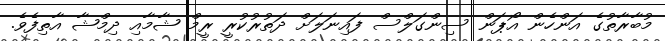
މުބާރާތުގެ އަންހެން އޯޕަން ސިންގަލްސް ފައިނަލަށް ދަތުރުކުރީ ރީމް ޝާމާއި ދިމްޝާ އާތިފެވެ.